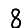
Digit: 8